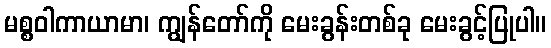
မစ္စဝါကာယာမာ၊ ကျွန်တော်ကို မေးခွန်းတစ်ခု မေးခွင့်ပြုပါ။